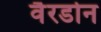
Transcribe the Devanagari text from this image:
वैरडोन